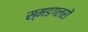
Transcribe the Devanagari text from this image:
स्मडगलरों